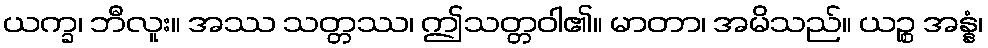
ယက္ခ၊ ဘီလူး။ အဿ သတ္တဿ၊ ဤသတ္တဝါ၏။ မာတာ၊ အမိသည်။ ယဉ္စ အန္နံ၊